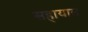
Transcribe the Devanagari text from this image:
सहायात